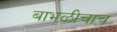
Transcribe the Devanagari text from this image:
बाभळीचाच